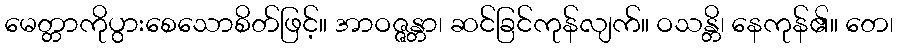
မေတ္တာကိုပွားစေသောစိတ်ဖြင့်။ အာဝဇ္ဇန္တာ၊ ဆင်ခြင်ကုန်လျက်။ ဝသန္တိ၊ နေကုန်၏။ တေ၊